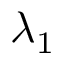
\lambda _ { 1 }